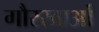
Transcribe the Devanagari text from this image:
गौरखाओं